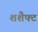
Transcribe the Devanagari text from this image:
शशैफ्ट